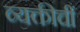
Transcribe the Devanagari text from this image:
व्यक्तीचीं